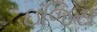
ઇજિસ